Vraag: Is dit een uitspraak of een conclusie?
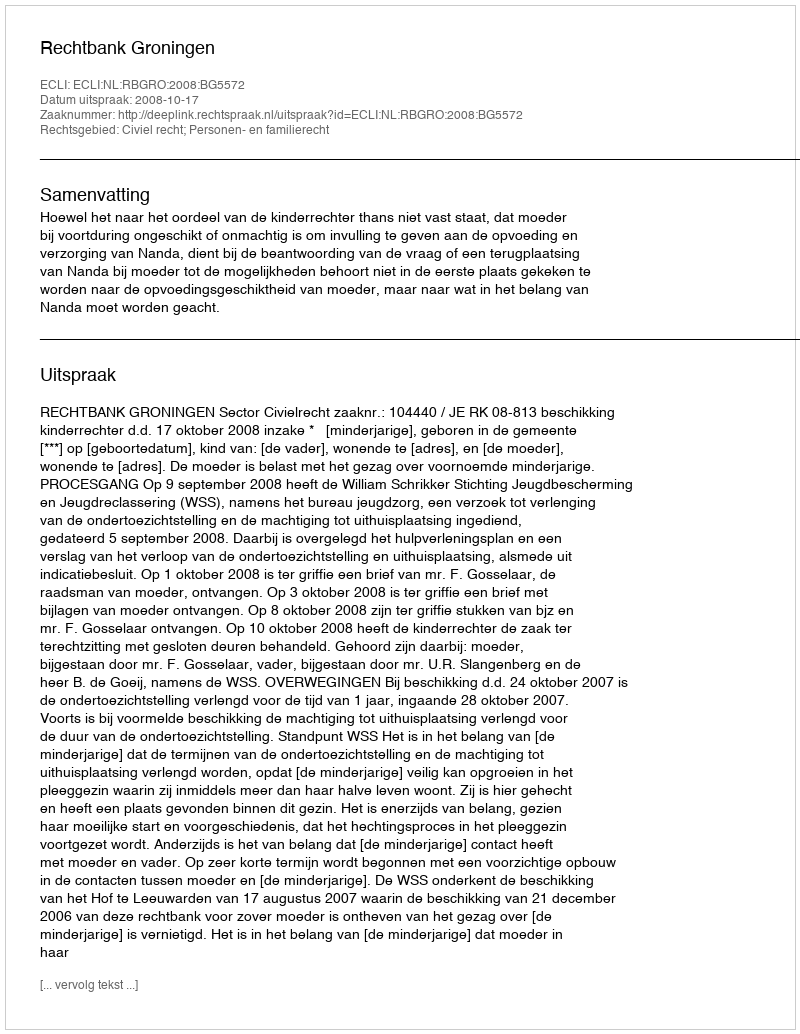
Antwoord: Uitspraak